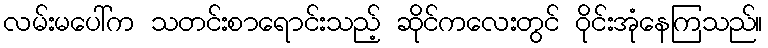
လမ်းမပေါ်က သတင်းစာရောင်းသည့် ဆိုင်ကလေးတွင် ဝိုင်းအုံနေကြသည်။